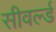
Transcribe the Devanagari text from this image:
सीवर्ल्ड